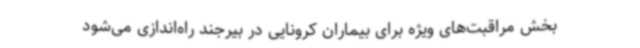
بخش مراقبت‌های ویژه برای بیماران کرونایی در بیرجند راه‌اندازی می‌شود